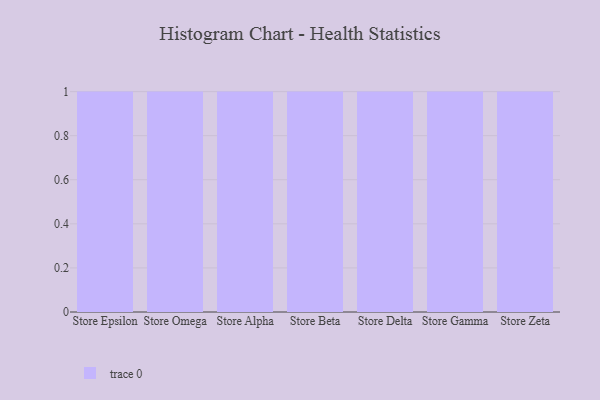
{"axis": {"x": "Store", "y": "Energy Usage (MWh)"}, "legend": [""], "data": [{"x": "Store Epsilon", "y": 19, "type": ""}, {"x": "Store Omega", "y": 97, "type": ""}, {"x": "Store Alpha", "y": 78, "type": ""}, {"x": "Store Beta", "y": 3, "type": ""}, {"x": "Store Delta", "y": 87, "type": ""}, {"x": "Store Gamma", "y": 92, "type": ""}, {"x": "Store Zeta", "y": 52, "type": ""}]}